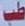
طب